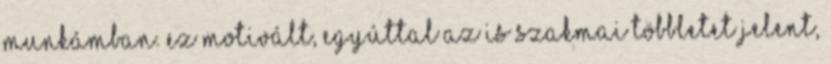
munkámban. Ez motivált, egyúttal az is szakmai többletet jelent,